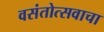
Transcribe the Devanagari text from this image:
वसंतोत्सवाचा